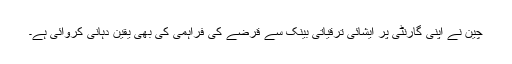
چین نے اپنی گارنٹی پر ایشائی ترقیاتی بینک سے قرضے کی فراہمی کی بھی یقین دہانی کروائی ہے۔